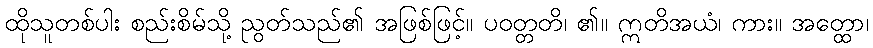
ထိုသူတစ်ပါး စည်းစိမ်သို့ ညွတ်သည်၏ အဖြစ်ဖြင့်။ ပဝတ္တတိ၊ ၏။ ဣတိအယံ၊ ကား။ အတ္ထော၊